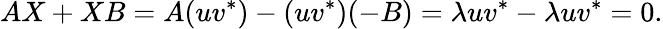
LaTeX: AX+XB=A(uv^{*})-(uv^{*})(-B)=\lambda uv^{*}-\lambda uv^{*}=0.